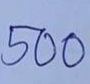
500